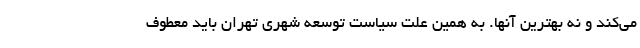
می‌کند و نه بهترین آنها. به همین علت سیاست توسعه شهری تهران باید معطوف